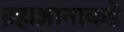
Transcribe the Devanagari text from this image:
ब्रह्मज्ञानाकडे